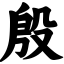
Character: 殷